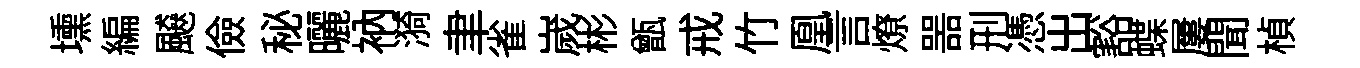
壎編飇儉秘曬衲漪聿雀嵗彬甑戒竹凰言燎噐刑憑出豁蝶屢聞楨